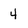
Character: 4